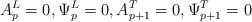
\begin{align*}A^{L}_{p} = 0, \Psi_{p}^{L} =0, A^{T}_{p+1}=0, \Psi^{T}_{p+1}=0\end{align*}